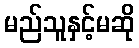
မည်သူနှင့်မဆို